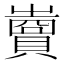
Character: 𧷷